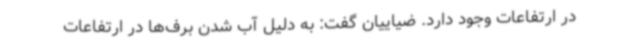
در ارتفاعات وجود دارد. ضیاییان گفت: به دلیل آب شدن برف‌ها در ارتفاعات